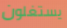
يستغلون